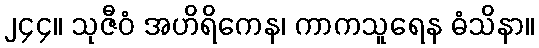
၂၄၄။ သုဇီဝံ အဟိရိကေန၊ ကာကသူရေန ဓံသိနာ။